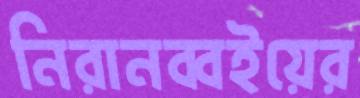
নিরানব্বইয়ের